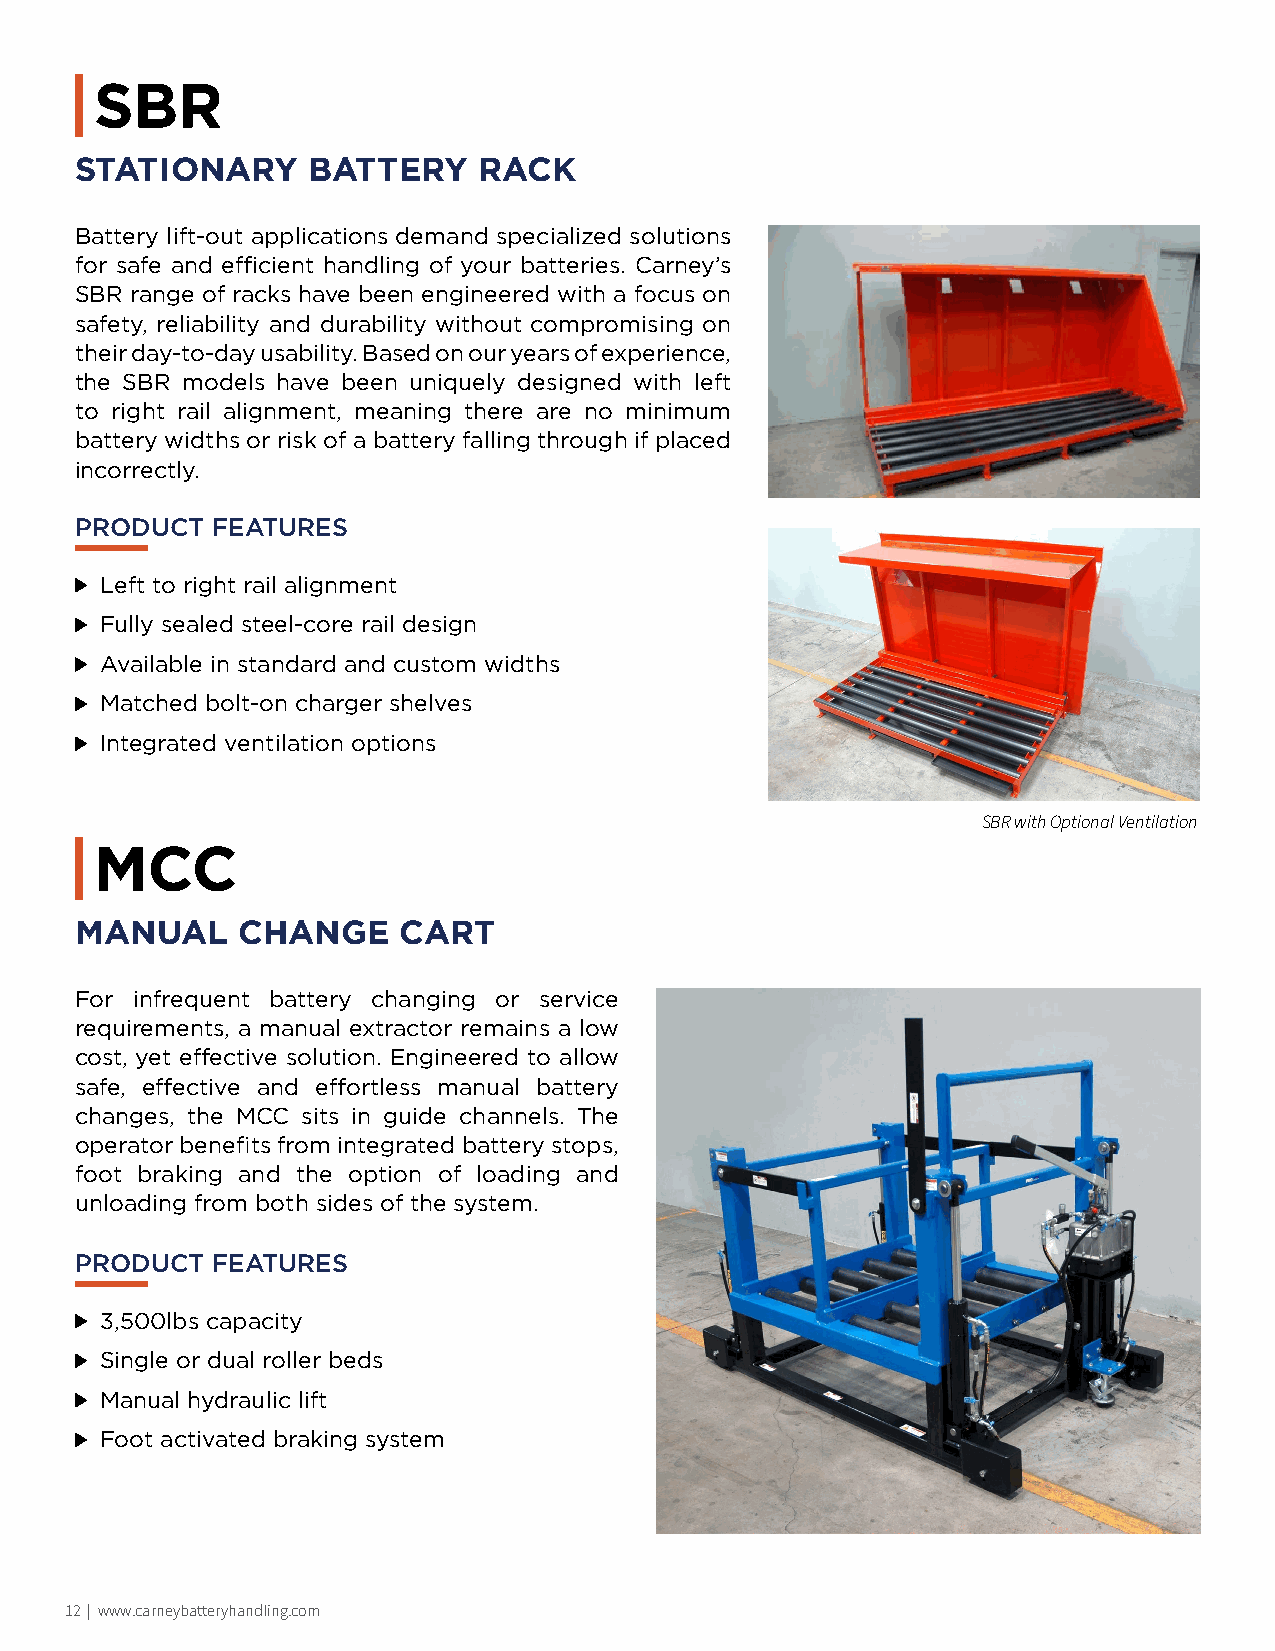
SBR
 STATIONARY     BATTERY     RACK
 Battery lift-out applications demand specialized solutions
 for safe and efficient handling of your batteries. Carney’s
 SBR range of racks have been engineered with a focus on
 safety, reliability and durability without compromising on
 their day-to-day usability. Based on our years of experience,
 the SBR models have been uniquely designed with left
 to right rail alignment, meaning there are no minimum
 battery widths or risk of a battery falling through if placed
 incorrectly.
 PRODUCT  FEATURES
 Left to right rail alignment
 Fully sealed steel-core rail design
 Available in standard and custom widths
 Matched bolt-on charger shelves
 Integrated ventilation options
 SBR with Optional Ventilation
 MCC
 MANUAL     CHANGE    CART
 For infrequent battery changing or service
 requirements, a manual extractor remains a low
 cost, yet effective solution. Engineered to allow
 safe, effective and effortless manual battery
 changes, the MCC sits in guide channels. The
 operator benefits from integrated battery stops,
 foot braking and the option of loading and
 unloading from both sides of the system.
 PRODUCT  FEATURES
 3,500lbs capacity
 Single or dual roller beds
 Manual hydraulic lift
 Foot activated braking system
 12 | www.carneybatteryhandling.com